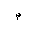
Letter: _mim